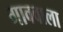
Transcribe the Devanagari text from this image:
गाववाला